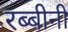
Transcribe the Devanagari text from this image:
रब्बीनी